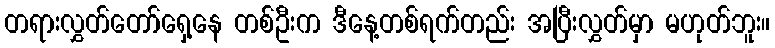
တရားလွှတ်တော်ရှေ့နေ တစ်ဦးက ဒီနေ့တစ်ရက်တည်း အပြီးလွှတ်မှာ မဟုတ်ဘူး။